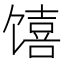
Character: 𱄆